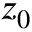
\boldsymbol { z } _ { 0 }